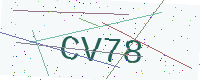
Text: CV78